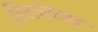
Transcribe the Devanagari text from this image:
विवाचकगण